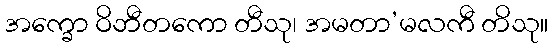
အက္ခော ဝိဘီတကော တီသု၊ အမတာ’မလကီ တိသု။